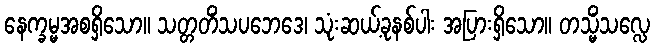
နေက္ခမ္မအစရှိသော။ သတ္တတိံသပဘေဒေ၊ သုံးဆယ့်ခုနစ်ပါး အပြားရှိသော။ တသ္မိံသလ္လေ